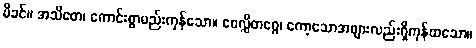
မိခင်။ အသိတေ၊ ကောင်းစွာမည်းကုန်သော။ ဝေလ္လိတဂ္ဂေ၊ ကော့သောအဖျားလည်းရှိကုန်ထသော။